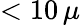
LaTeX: <10\, \mu